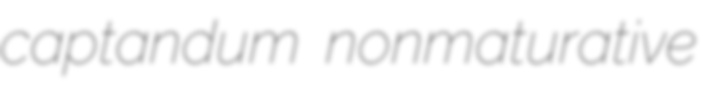
captandum nonmaturative